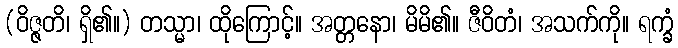
(ဝိဇ္ဇတိ၊ ရှိ၏။) တသ္မာ၊ ထိုကြောင့်။ အတ္တနော၊ မိမိ၏။ ဇီဝိတံ၊ အသက်ကို။ ရက္ခံ